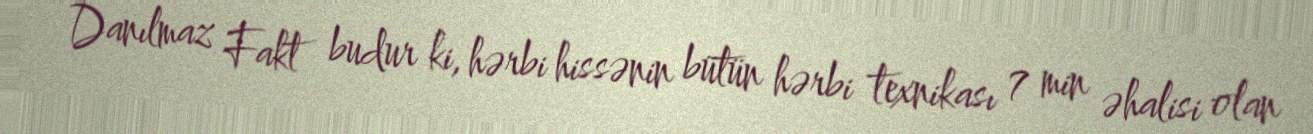
Danılmaz Fakt budur ki, hərbi hissənin bütün hərbi texnikası 7 min əhalisi olan